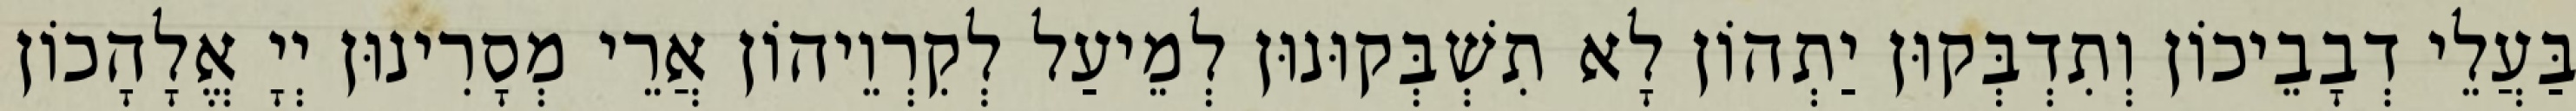
בַּעֲלֵי דְבָבֵיכוֹן וְתִדְבְּקוּן יַתְהוֹן לָא תִשְׁבְּקוּנוּן לְמֵיעַל לְקִרְוֵיהוֹן אֲרֵי מְסָרִינוּן יְיָ אֱלָהָכוֹן